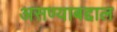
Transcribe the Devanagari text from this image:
असण्याबद्दाल